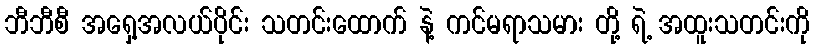
ဘီဘီစီ အရှေ့အလယ်ပိုင်း သတင်းထောက် နဲ့ ကင်မရာသမား တို့ ရဲ့ အထူးသတင်းကို